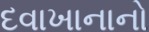
દવાખાનાનો